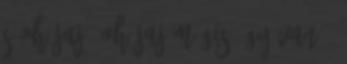
s oh jaj, oh jaj Mégis úgy van -